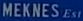
MEKNES Est